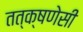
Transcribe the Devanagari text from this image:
तत्क्षणेसी